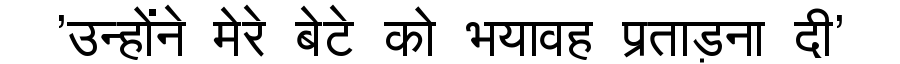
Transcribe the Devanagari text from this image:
'उन्होंने मेरे बेटे को भयावह प्रताड़ना दी'